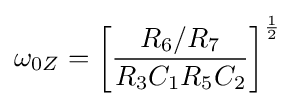
\omega _{0Z}=\left[{\frac {R_{6}/R_{7}}{R_{3}C_{1}R_{5}C_{2}}}\right]^{\frac {1}{2}}